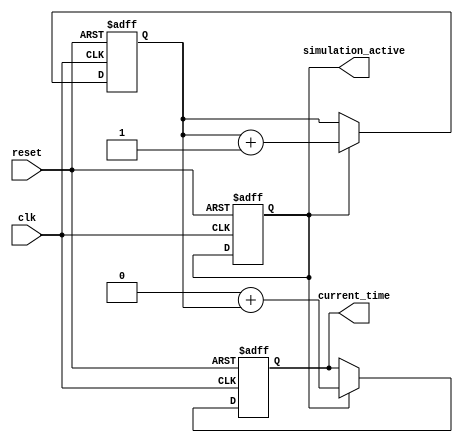
module simulation_time_init #(
    parameter START_TIME = 0,      // Default start time
    parameter TIME_RESOLUTION = 1   // Default time resolution (e.g., 1 unit)
)(
    input wire clk,                 // Clock signal for time progression
    input wire reset,               // Reset signal
    output reg [31:0] current_time, // Current simulation time
    output reg simulation_active     // Flag indicating if the simulation is active
);

    reg [31:0] time_counter;         // Internal time counter

    // Initialization process
    initial begin
        current_time = START_TIME;   // Set current time to start time
        time_counter = 0;             // Initialize time counter to zero
        simulation_active = 1;        // Set simulation active flag to true
    end

    // Time progression logic
    always @(posedge clk or posedge reset) begin
        if (reset) begin
            current_time <= START_TIME; // Reset current time to start time
            time_counter <= 0;           // Reset time counter
            simulation_active <= 1;      // Reactivate simulation
        end else if (simulation_active) begin
            time_counter <= time_counter + TIME_RESOLUTION; // Update time counter
            current_time <= START_TIME + time_counter;     // Update current time
        end
    end

    // Optional: Termination conditions can be added here
    // For example, you can define a condition where the simulation stops after a certain time
    // if (current_time >= MAX_SIMULATION_TIME) begin
    //     simulation_active <= 0; // Stop the simulation
    // end

endmodule